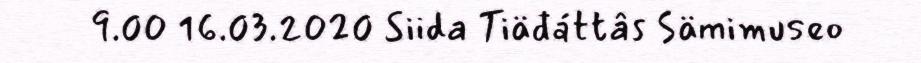
9.00 16.03.2020 Siida Tiäđáttâs Sämimuseo